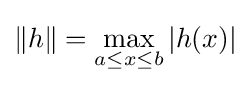
\|h\|=\displaystyle \max _{a\leq x\leq b}|h(x)|